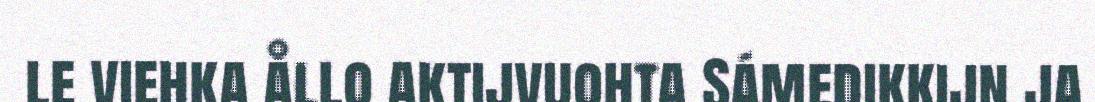
le viehka ållo aktijvuohta Sámedikkijn ja